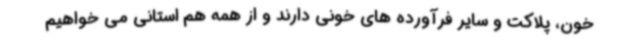
خون، پلاکت و سایر فرآورده های خونی دارند و از همه هم استانی می خواهیم